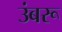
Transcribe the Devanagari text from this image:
उंबरू